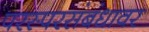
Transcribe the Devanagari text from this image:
परस्परसंबंधावर